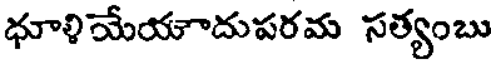
ధూళియేయాదుపరమ సత్యంబు